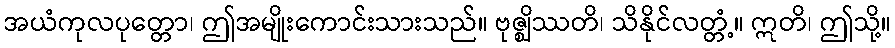
အယံကုလပုတ္တော၊ ဤအမျိုးကောင်းသားသည်။ ဗုဇ္ဈိဿတိ၊ သိနိုင်လတ္တံ့။ ဣတိ၊ ဤသို့။